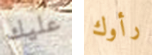
عليك رأوك